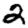
Digit: 2